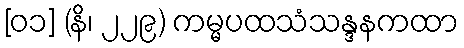
[၀၁] (နိ၊ ၂၂၉) ကမ္မပထသံသန္ဒနကထာ